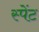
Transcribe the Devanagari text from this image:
स्पेंट